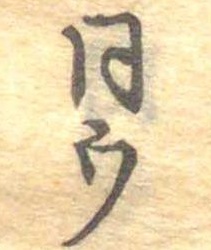
同ウ